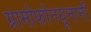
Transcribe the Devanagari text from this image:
ग्रामोफोनयूनानी